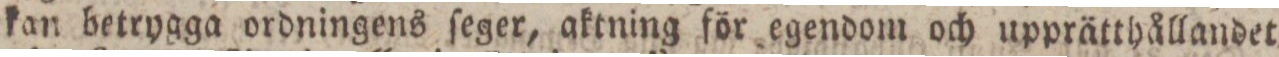
kan betrygga ordningens ſeger, aktning för egendom och upprätthållandet